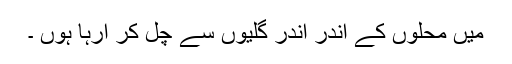
میں محلوں کے اندر اندر گلیوں سے چل کر آرہا ہوں ۔